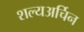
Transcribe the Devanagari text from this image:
शल्यअर्चिन